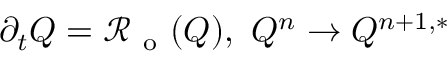
\partial _ { t } Q = \mathcal { R } _ { \mathrm { ~ o ~ } } ( Q ) , \ Q ^ { n } \to Q ^ { n + 1 , * }